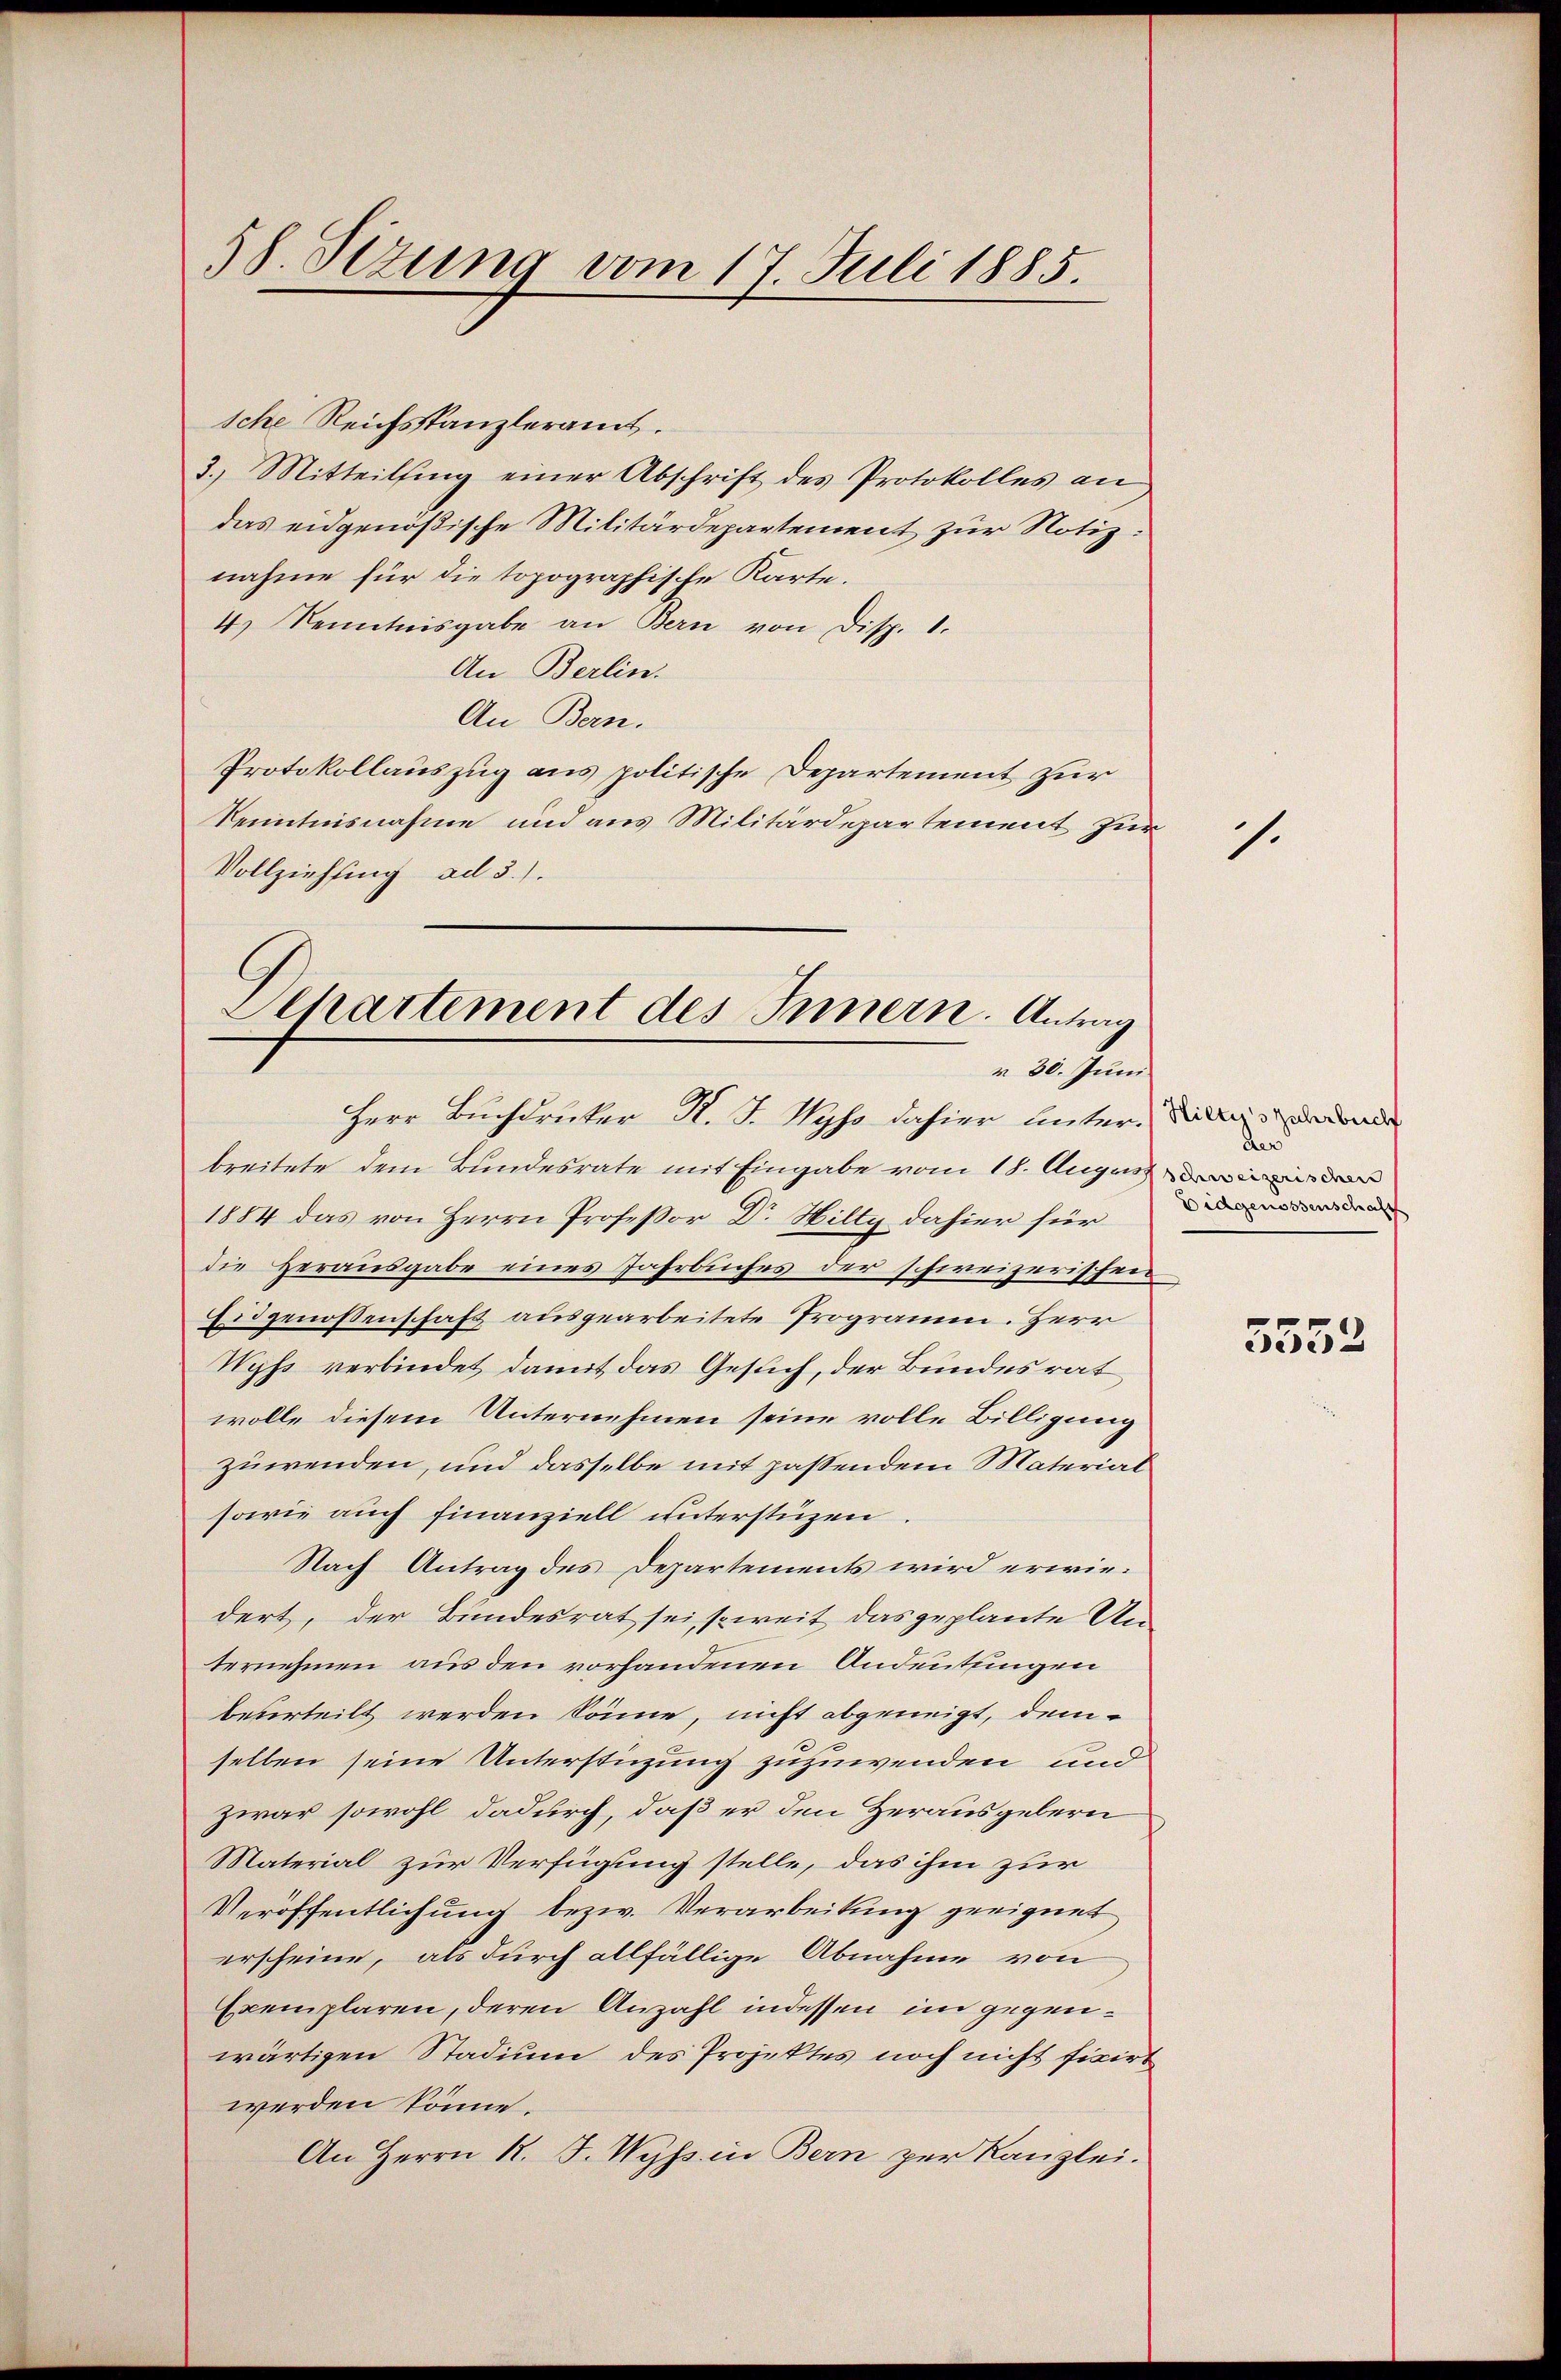
58. Sizung vom 17. Juli 1885.

sche Reichstanzleramt.
3. Mitteilsing einer Abschrift des Protokolles an
das eidgenößische Militärdepartement zur Notiz:
nahme für die topographische Karte.
4) Kenntnisgabe an Bern von Disp. 1.
An Berlin.
An Bern.
Protokollauszug aus politische Departement zur
Kenntnisnahme und aus Militärdepartement für
Vollziehung ad 3.).
breitete dem Bundesrate mit Eingabe vom 18. August
1884 das von Herrn Professor Dr. Hilty dahier für
die Herausgabe eines Jahrbuches der schweizerischen
Eidgenoßenschaft ausgearbeitete Programm. Herr
Wyss verbindet damit das Gesuch, der Bundesrat
wolle diesem Unternehmen seine volle Billigung
zuwenden, und dasselbe mit passendem Material
sowie auch finanziell unterstüzen
Nach Antrag des Departements wird erwiedert, der Bundesrat sei, soweit das geplante Unternehmen aus den vorhandenen Andeutungen
beverteilt werden könne, nicht abgeneigt, demselben seine Unterstüzung zuzuwenden und
zwar sowohl dadurch, daß er den Herausgebern
Material zur Verfügung stelle, das ihm zur
Veröffentlichung bezw. Verarbeitung geeignet
erscheine, als durch allfällige Abnahme von
Exemplaren, deren Anzahl indessen im gegenwärtigen Stadium des Projektes noch nicht fixirt
werden könne.
An Herrn R. F. Wyss in Bern zur Kanzlei.

Departement des Innern. Antrag
r 30. Juni.
Herr Buchdrucker K. J. Wyss dahier unterdiens de

1.

de
Eidgenossenschaft

5552